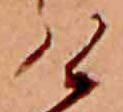
け